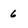
Character: 6